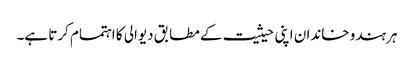
ہر ہندو خاندان اپنی حیثیت کے مطابق دیوالی کا اہتمام کرتا ہے۔